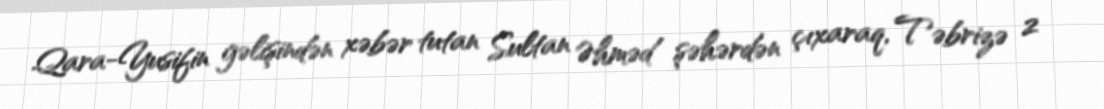
Qara-Yusifin gəlişindən xəbər tutan Sultan Əhməd şəhərdən çıxaraq, Təbrizə 2